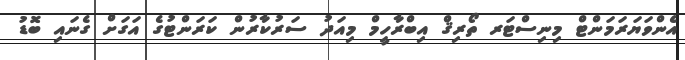
އެންވަޔަރަމަންޓް މިނިސްޓަރ ތޯރިޤް އިބްރާހީމް މިއަދު ސަރުކާރުން ކަރަންޓުގެ އަގަށް ގެނައި ބޮޑު